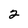
Character: 2